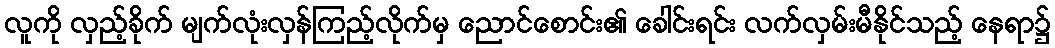
လူကို လှည့်ခိုက် မျက်လုံးလှန်ကြည့်လိုက်မှ ညောင်စောင်း၏ ခေါင်းရင်း လက်လှမ်းမီနိုင်သည့် နေရာ၌